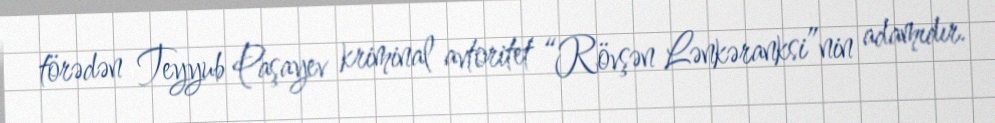
törədən Teyyub Paşayev kriminal avtoritet “Rövşən Lənkəranksi”nin adamıdır.